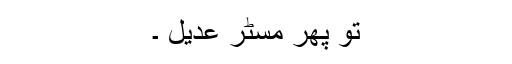
تو پھر مسٹر عدیل ۔